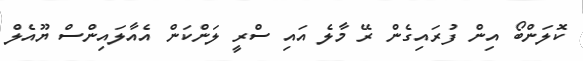
ކޮލަންބޯ އިން ފުރައިގެން ރޭ މާލެ އައި ސްރީ ލަންކަން އެއާލައިންސް ޔޫއެލް